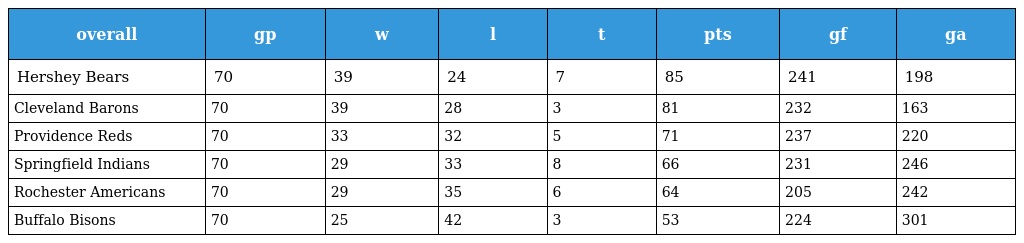
| overall | gp | w | l | t | pts | gf | ga |
 | --- | --- | --- | --- | --- | --- | --- | --- |
 | Hershey Bears | 70 | 39 | 24 | 7 | 85 | 241 | 198 |
 | Cleveland Barons | 70 | 39 | 28 | 3 | 81 | 232 | 163 |
 | Providence Reds | 70 | 33 | 32 | 5 | 71 | 237 | 220 |
 | Springfield Indians | 70 | 29 | 33 | 8 | 66 | 231 | 246 |
 | Rochester Americans | 70 | 29 | 35 | 6 | 64 | 205 | 242 |
 | Buffalo Bisons | 70 | 25 | 42 | 3 | 53 | 224 | 301 |